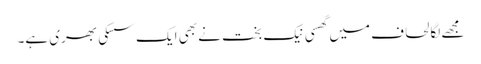
مجھے لگا لحاف میں گھسی نیک بخت نے بھی ایک سسکی بھری ہے۔